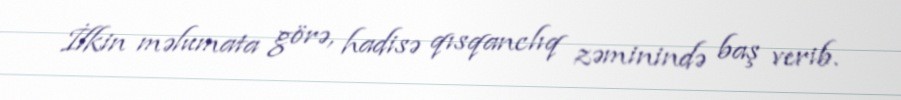
İlkin məlumata görə, hadisə qısqanclıq zəminində baş verib.